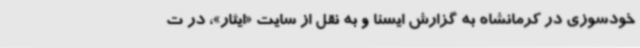
خودسوزی در کرمانشاه به گزارش ایسنا و به نقل از سایت «ایثار»، در ت